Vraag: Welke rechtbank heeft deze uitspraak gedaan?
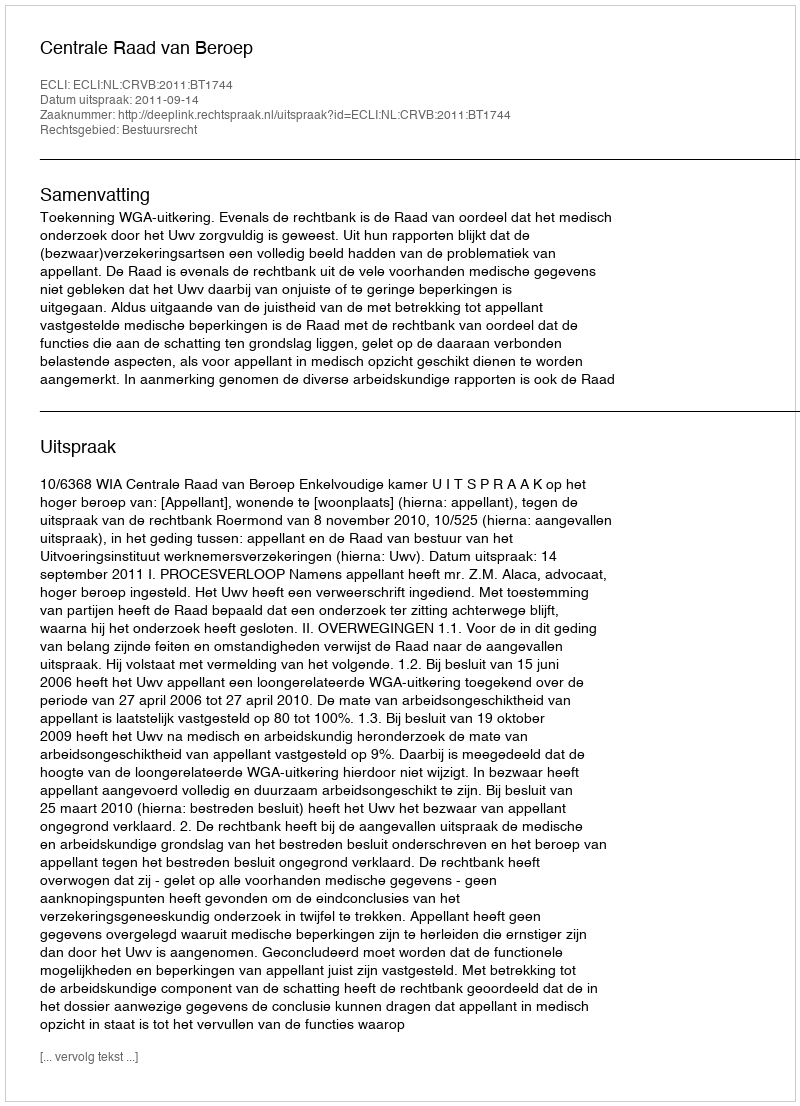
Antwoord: Centrale Raad van Beroep